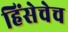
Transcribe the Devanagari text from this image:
हिंसेचेच